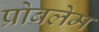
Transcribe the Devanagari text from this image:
प्रोबलेम